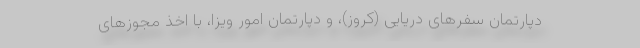
دپارتمان سفرهای دریایی (کروز)، و دپارتمان امور ویزا، با اخذ مجوزهای